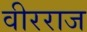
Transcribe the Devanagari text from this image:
वीरराज